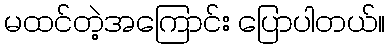
မထင်တဲ့အကြောင်း ပြောပါတယ်။